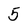
Character: 5